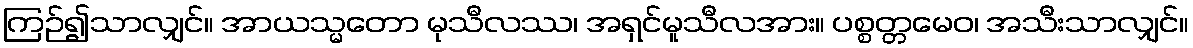
ကြဉ်၍သာလျှင်။ အာယသ္မတော မုသီလဿ၊ အရှင်မူသီလအား။ ပစ္စတ္တမေဝ၊ အသီးသာလျှင်။